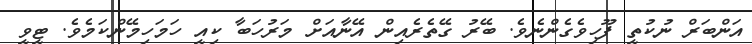
އަންބަރް ނުކުތީ ފޫހިވެގެންނެވެ. ބޭރު ގޭތެރެއިން އޭނާއަށް މަރުހަބާ ކިއީ ހަމަހިމޭންކަމެވެ. ޓީވީ